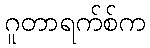
ဂူတာရက်စ်က